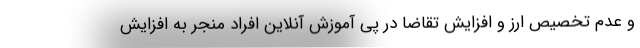
و عدم تخصیص ارز و افزایش تقاضا در پی آموزش آنلاین افراد منجر به افزایش